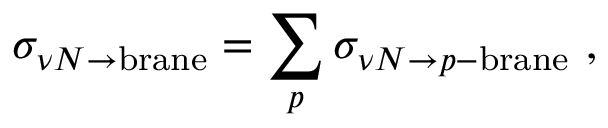
\sigma _ { \nu N \to \mathrm { b r a n e } } = \sum _ { p } \sigma _ { \nu N \to p \mathrm { - b r a n e } } \ ,